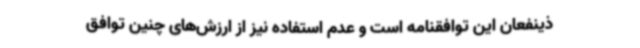
ذینفعان این توافقنامه است و عدم استفاده نیز از ارزش‌های چنین توافق